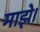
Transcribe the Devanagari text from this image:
माझे।